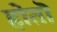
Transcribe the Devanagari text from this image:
होतॊ